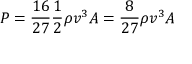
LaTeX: P = { \frac { 1 6 } { 2 7 } } { \frac { 1 } { 2 } } \rho v ^ { 3 } A = { \frac { 8 } { 2 7 } } \rho v ^ { 3 } A